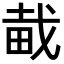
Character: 𤱱